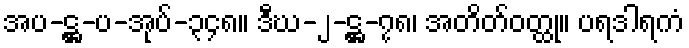
အပ-ဋ္ဌ-ပ-အုပ်-၃၄၈။ ဒီဃ-၂-ဋ္ဌ-၇၈၊ အတိတ်ဝတ္ထု။ ပရဒါရကံ